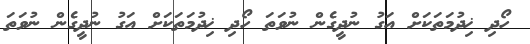
ހޯދި ޚިދުމަތަކަށް އަގު ނުދީގެން ނުވަތަ ހޯދި ޚިދުމަތަކަށް އަގު ނުދީގެން ނުވަތަ